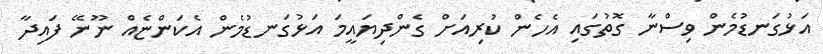
އަޅުގަނޑުމެން ވިސްނާ ގޮތުގައި އެހެން ކުރިއަށް ގެންދިޔައީމަ އަޅުގަނޑުމެން އެކަންޏެއް ނޫނޭ ފައިދާ